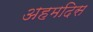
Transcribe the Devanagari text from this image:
अहमदिस